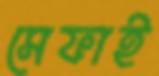
সেফাই